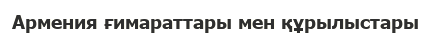
Армения ғимараттары мен құрылыстары